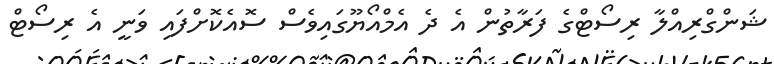
ޝަންގްރިއްލާ ރިސޯޓްގެ ފަރާތުން އެ ދެ އެމްއޯޔޫގައިވެސް ސޮއެކޮށްފައި ވަނީ އެ ރިސޯޓް